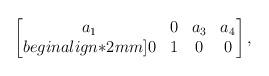
LaTeX: \begin{align*}\begin{bmatrix}a_1 & 0 & a_3 & a_4 \\begin{align*}2mm]0 & 1 & 0 & 0 \end{bmatrix},\end{align*}